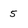
Character: 5